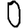
Digit: 0